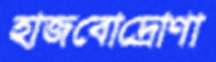
হাজবোদ্রোণা